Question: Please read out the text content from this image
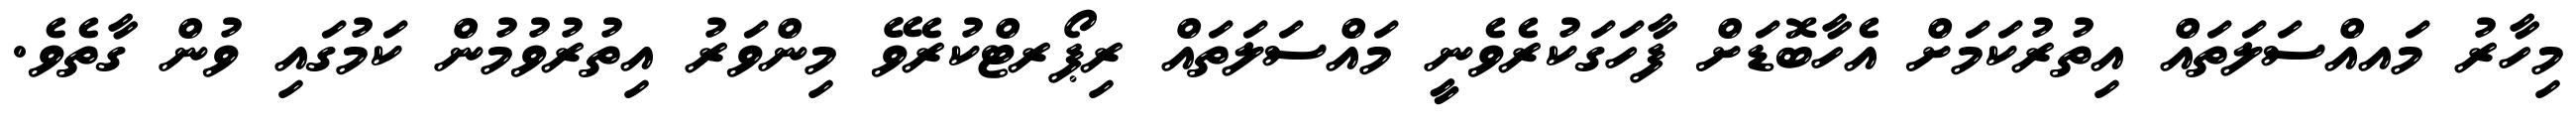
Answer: މިހާރު މައއްސަލަތައް އިތުރުކަމަށް އެހާބޮޑަށް ފާހަގަކުރެވެނީ މައްސަލަތައް ރިޕޯރޓްކުރެވޭ މިންވަރު އިތުރުވުމުން ކަމުގައި ވުން ގާތެވެ.